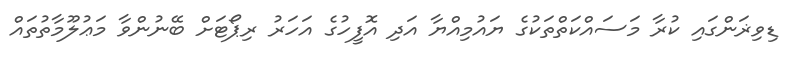
ޑިވިޜަންގައި ކުރާ މަސައްކަތްތަކުގެ ޔައުމިއްޔާ އަދި އޮފީހުގެ އަހަރު ރިޕޯޓަށް ބޭނުންވާ މަޢުލޫމާތުތައް